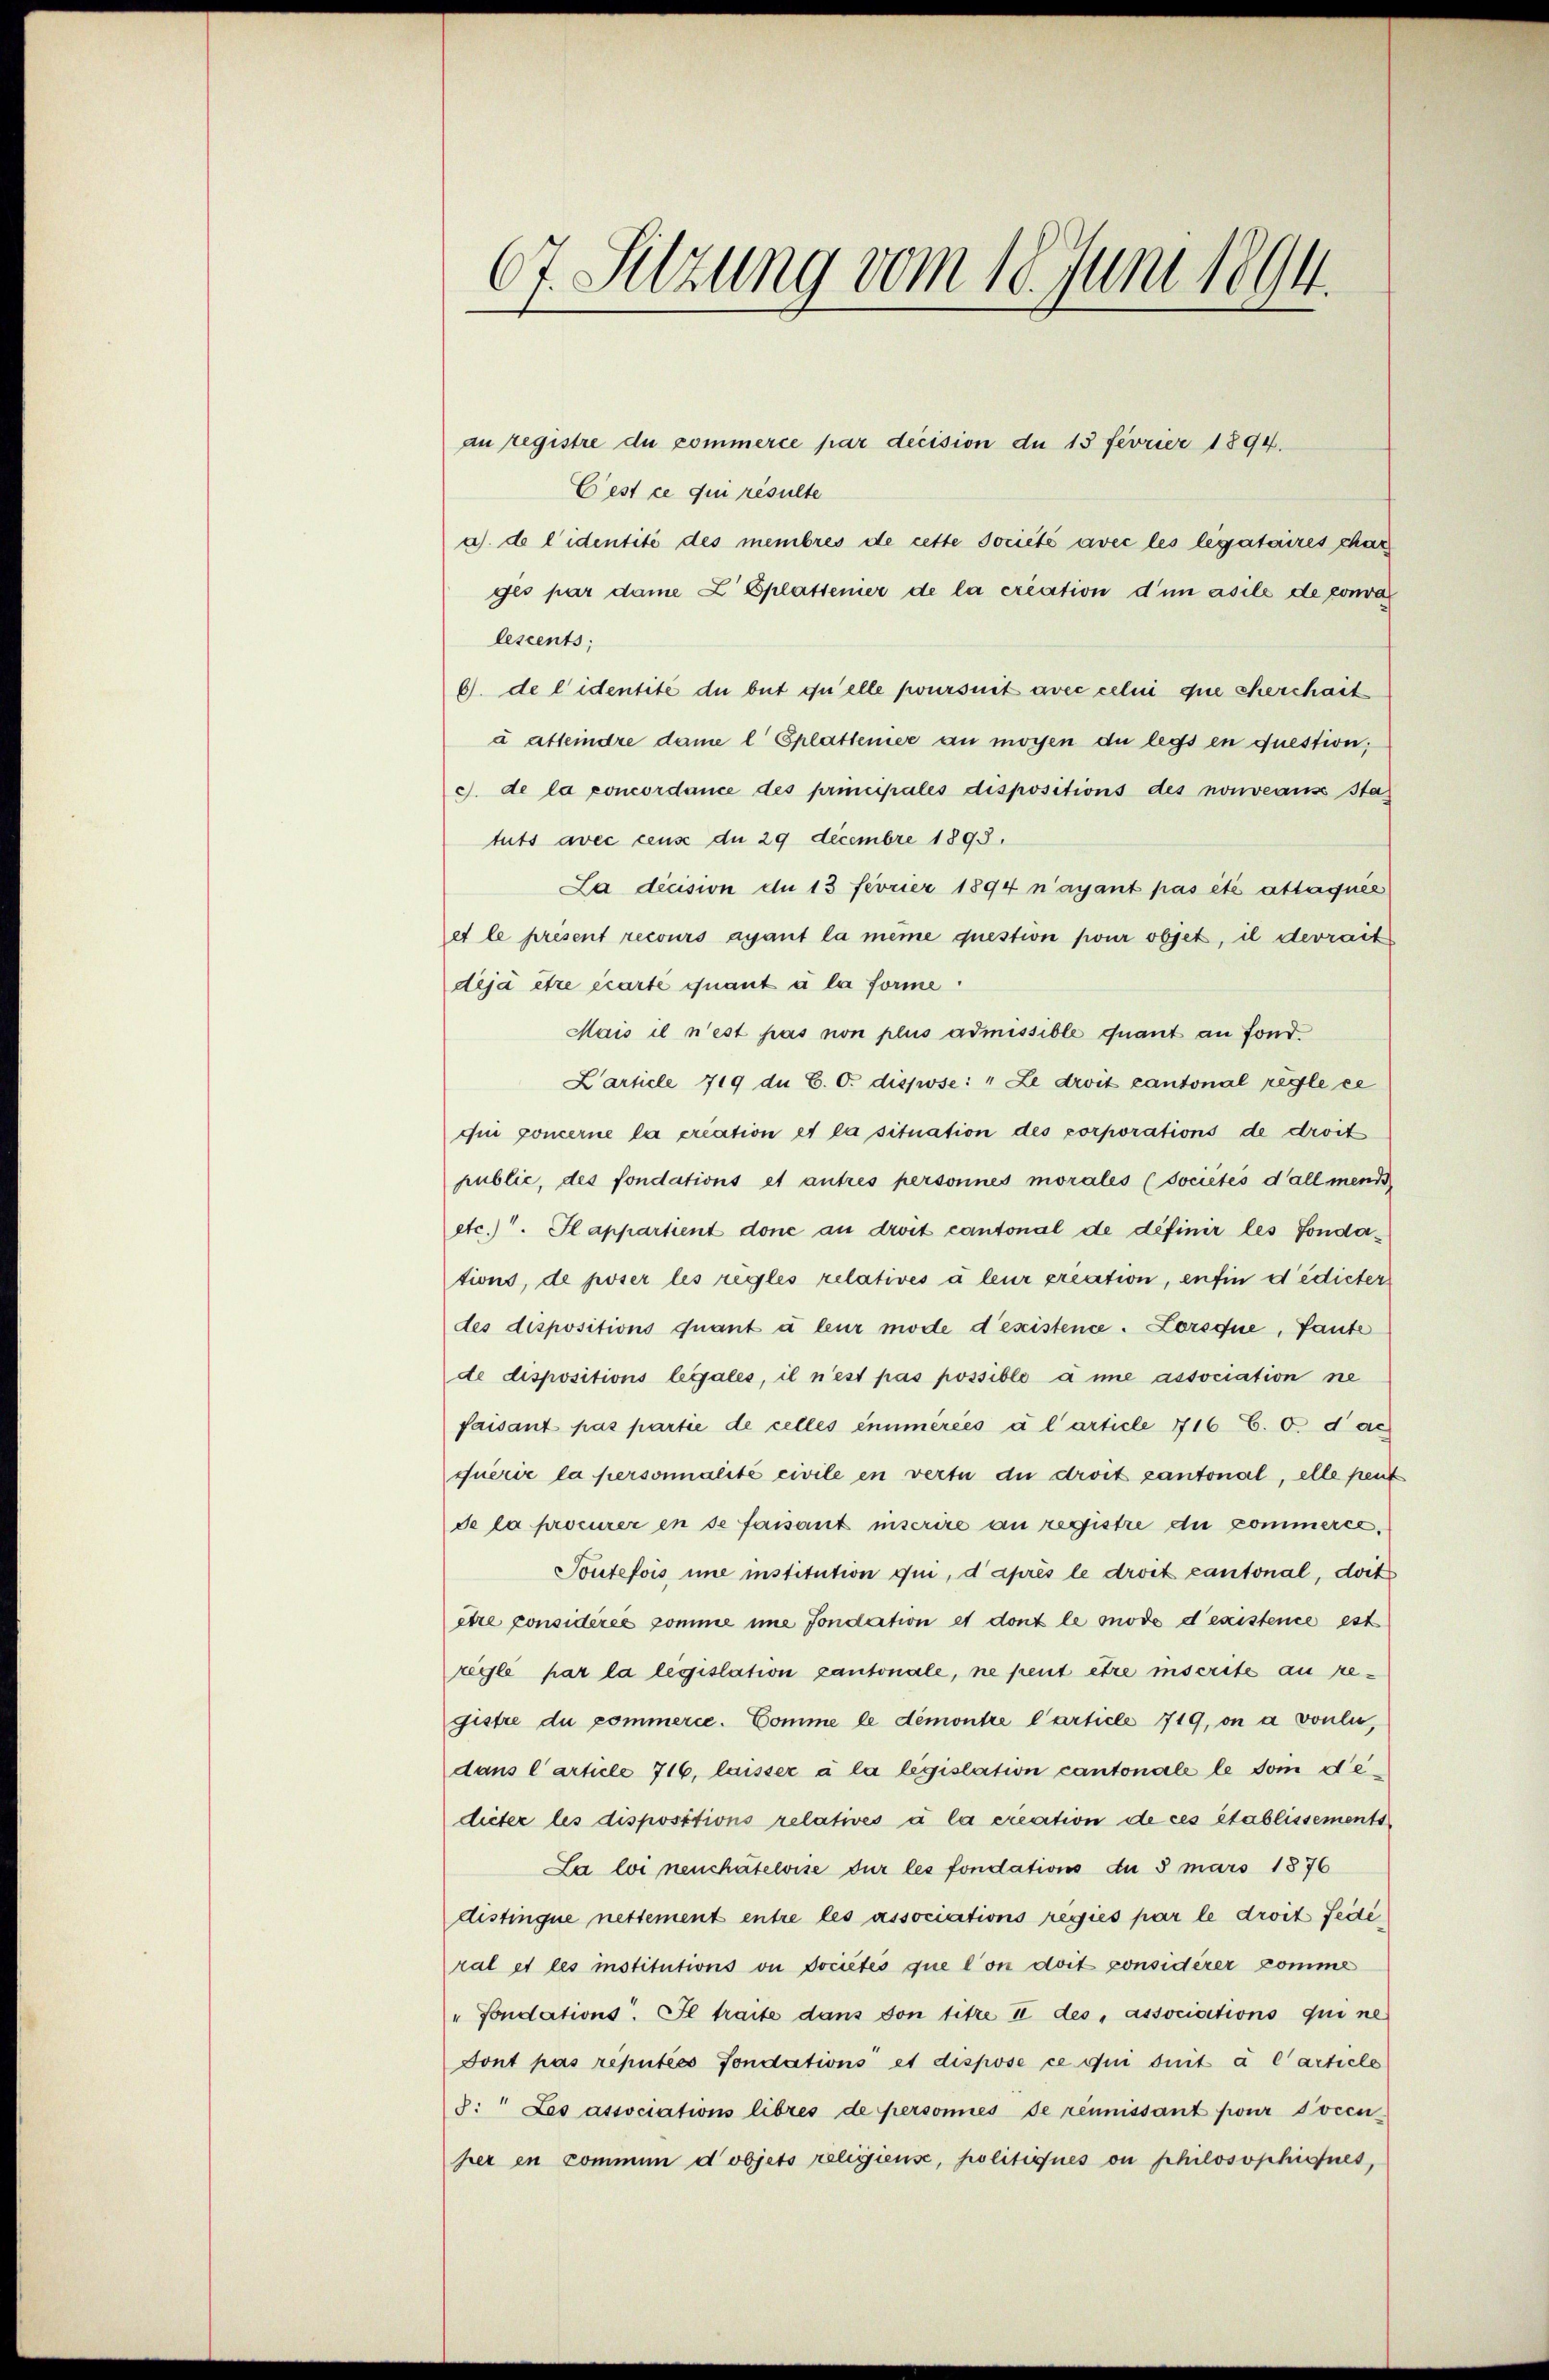
67. Sitzung vom 18. Juni 1894.

an registre du commerce par decision du 13 fevrier 1894.
Cest ce qui résulte
a). de l’identité des membres de cette Jociété avec les légataires char
ges par dame Z Eplattenier de la création d’un asile de conva
lescents;
6). de lidentité du but qu’elle poursuit avec celui que cherchait
à atteindre dame l Splattener an mögen du legs en question;
c. de la concordance des principales dispositions des nouveaus Statuts avec cens du 29 decembre 1893,
La dicision du 13 fevrier 1894 n’ayant pas été attaquée
et le présent recours ayant la même question pour objet, il devrait
deja être écarte quant à la forme.
Mais il n’est pas non plus admissible quant an Fond
Zarticle 719 du C. O. dispose: " Le droit cantonal regle ei
qui concerne la priation et la situation des corporations de droit
public, des fondations et autres personnes morales (sociétés d’allmend
etc.). Il appartient done an droit cantonal de définir les fondations, de poser les règles relatives à leur treation, enfin dedieter
des dispositions quant à leur mode d’existence. Lorsque, Tante
de dispositions legales, il n’est pas possible à une association ne
faisant pas partie de celles eimérées à l’article 1716 C. c. dac
querie la personnalité civile en vertu du droit cantonal, elle peut
de la procurer in se faisant inscrire an registre die kommeres
Toutefois ime institution qui, d’après le droit cantonal, doit
être considérée comme imme fondation et dont le mode d’existence est
réglé par la legislation cantonale, ne peut être inscrite au registre du commerce. Comme le démontre Carticle 719, on a voulue,
dans l’article 716, laisser à la legislation cantonale le vom dedieter les dispositions relatives à la creation de ces établissements
La loi neuchâteloise der les fondations du 3 mars 1876
distinque nettement entre les associations regies par le droit Fede
ral et les institutions ou dociétés que l’on doit considerer komme
" Fondations. Il traite dans von titre II des, associations qui ne
Font pas reputées sondations et dispose ce qui suit à l’article
s: Les associations libres de personnes de réunissant pour docen
her in kommen dobjets religieuse, politiqués on philosophisties,